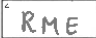
Transcription: RME